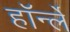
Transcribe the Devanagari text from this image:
हॉर्न्ले